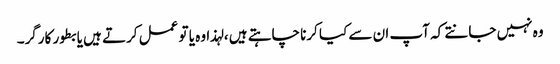
وہ نہیں جانتے کہ آپ ان سے کیا کرنا چاہتے ہیں ، لہذا وہ یا تو عمل کرتے ہیں یا بطور کارگر۔